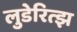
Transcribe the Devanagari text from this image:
लुडेरित्झ